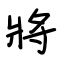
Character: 將